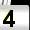
Digit: 4